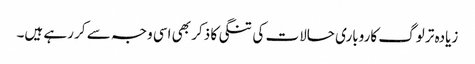
زیادہ تر لوگ کاروباری حالات کی تنگی کا ذکر بھی اسی وجہ سے کر رہے ہیں۔